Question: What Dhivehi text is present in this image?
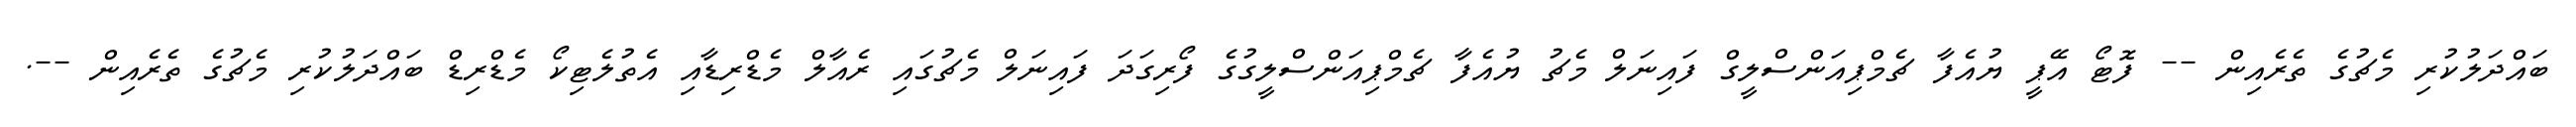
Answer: ބައްދަލުކުރި މެޗުގެ ތެރެއިން -- ފޮޓޯ އޭޕީ ޔުއެފާ ޗެމްޕިއަންސްލީގް ފައިނަލް މެޗު ޔުއެފާ ޗެމްޕިއަންސްލީގުގެ ފޯރިގަދަ ފައިނަލް މެޗުގައި ރެއާލް މެޑްރިޑާއި އެތުލެޓިކޯ މެޑްރިޑް ބައްދަލުކުރި މެޗުގެ ތެރެއިން --.